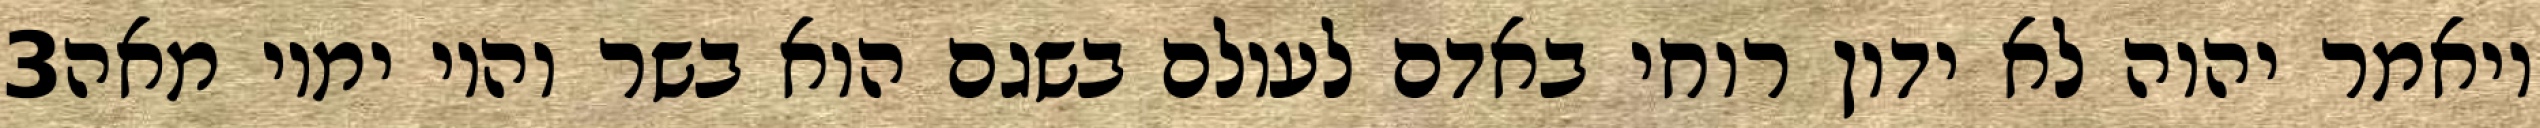
‎3‏ ויאמר יהוה לא ידון רוחי באדם לעולם בשגם הוא בשר והיו ימיו מאה